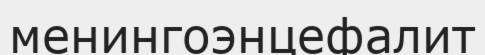
менингоэнцефалит